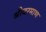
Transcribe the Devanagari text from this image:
श्रीवरमाण